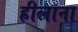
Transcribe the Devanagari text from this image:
हीलाना